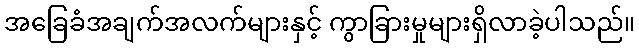
အခြေခံအချက်အလက်များနှင့် ကွာခြားမှုများရှိလာခဲ့ပါသည်။